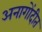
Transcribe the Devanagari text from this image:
अनागोंदीत